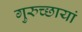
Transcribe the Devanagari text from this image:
गुरुच्छायां